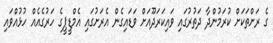
ގެ ރަށްތަކަށް ކުރަމުންދާ ދަތުރުގައި ވައިކަރަދޫއަށް ވަޑައިގެން އެރަށުގައި އެމްޑީޕީގެ ހަރުގެއެއް ހުޅުއްވައި